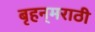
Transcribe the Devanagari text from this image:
बृहन्‌मराठी